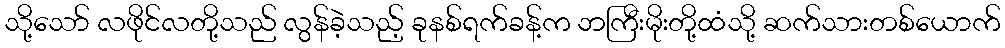
သို့သော် လဖိုင်လတို့သည် လွန်ခဲ့သည့် ခုနစ်ရက်ခန့်က ဘကြီးမိုးတို့ထံသို့ ဆက်သားတစ်ယောက်